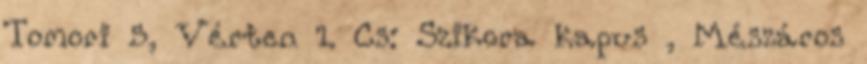
Tomori 5, Vérten 1. Cs: Szikora kapus , Mészáros